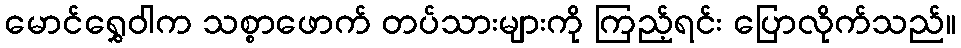
မောင်ရွှေဝါက သစ္စာဖောက် တပ်သားများကို ကြည့်ရင်း ပြောလိုက်သည်။